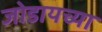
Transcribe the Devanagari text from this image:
जोडायच्या